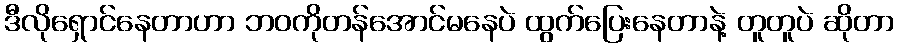
ဒီလိုရှောင်နေတာဟာ ဘဝကိုတန်အောင်မနေပဲ ထွက်ပြေးနေတာနဲ့ တူတူပဲ ဆိုတာ